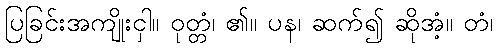
ပြခြင်းအကျိုးငှါ။ ဝုတ္တံ၊ ၏။ ပန၊ ဆက်၍ ဆိုအံ့။ တံ၊